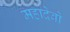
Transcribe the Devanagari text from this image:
महादेवो